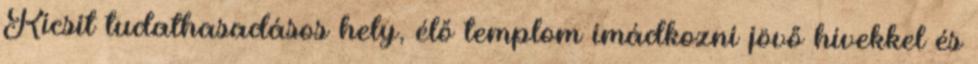
Kicsit tudathasadásos hely, élő templom imádkozni jövő hívekkel és